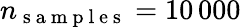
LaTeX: n_{\mathrm{~s~a~m~p~l~e~s~}}=10\, 000